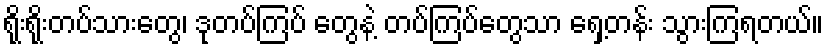
ရိုးရိုးတပ်သားတွေ၊ ဒုတပ်ကြပ် တွေနဲ့ တပ်ကြပ်တွေသာ ရှေ့တန်း သွားကြရတယ်။